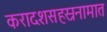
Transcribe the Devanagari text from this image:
करादशसहस्रनामात